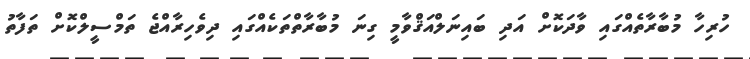
ހުރިހާ މުބާރާތެއްގައި ވާދަކޮށް އަދި ބައިނަލްއަޤްވާމީ ގިނަ މުބާރާތްތަކެއްގައި ދިވެހިރާއްޖެ ތަމްސީލްކޮށް ތަފާތު